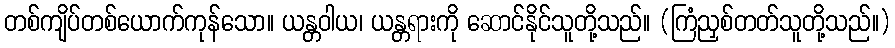
တစ်ကျိပ်တစ်ယောက်ကုန်သော။ ယန္တဝါယ၊ ယန္တရားကို ဆောင်နိုင်သူတို့သည်။ (ကြံညှစ်တတ်သူတို့သည်။)